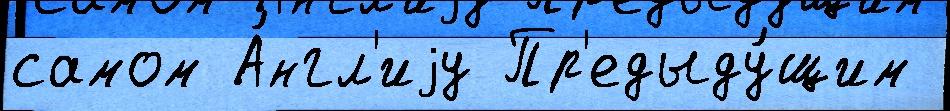
самом А́нгл'иjу Пр'едыду́щим